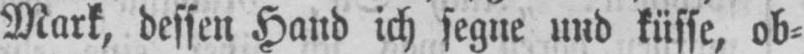
Mark, dessen Hand ich segne und küsse, ob⸗